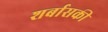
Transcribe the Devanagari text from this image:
शर्बासकी